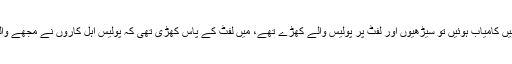
انہوں نے کہا کہ وہ کسی طرح اسپتال کے اندر پہنچنے میں کامیاب ہوئیں تو سیڑھیوں اور لفٹ پر پولیس والے کھڑے تھے، میں لفٹ کے پاس کھڑی تھی کہ پولیس اہل کاروں نے مجھے والد کے پاس جانے سے روکنے کیلئے انسانی زنجیر بنالی۔